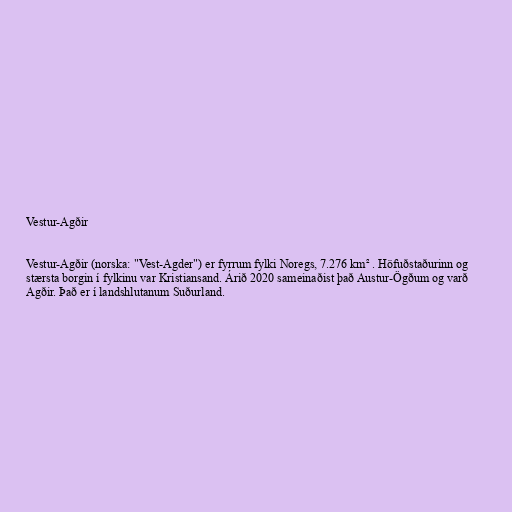
Vestur-Agðir

Vestur-Agðir (norska: "Vest-Agder") er fyrrum fylki Noregs, 7.276 km² . Höfuðstaðurinn og
stærsta borgin í fylkinu var Kristiansand. Árið 2020 sameinaðist það Austur-Ögðum og varð
Agðir. Það er í landshlutanum Suðurland.